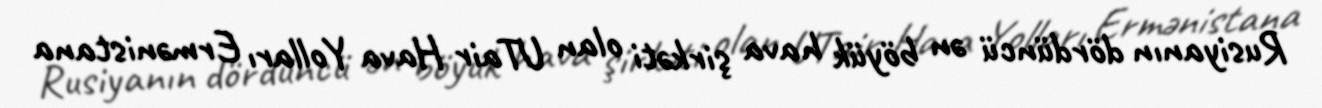
Rusiyanın dördüncü ən böyük hava şirkəti olan UTair Hava Yolları Ermənistana